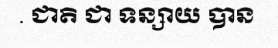
. ជាតិ ជា ទន្សាយ បាន